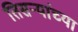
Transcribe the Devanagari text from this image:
तिसऱ्यांच्या